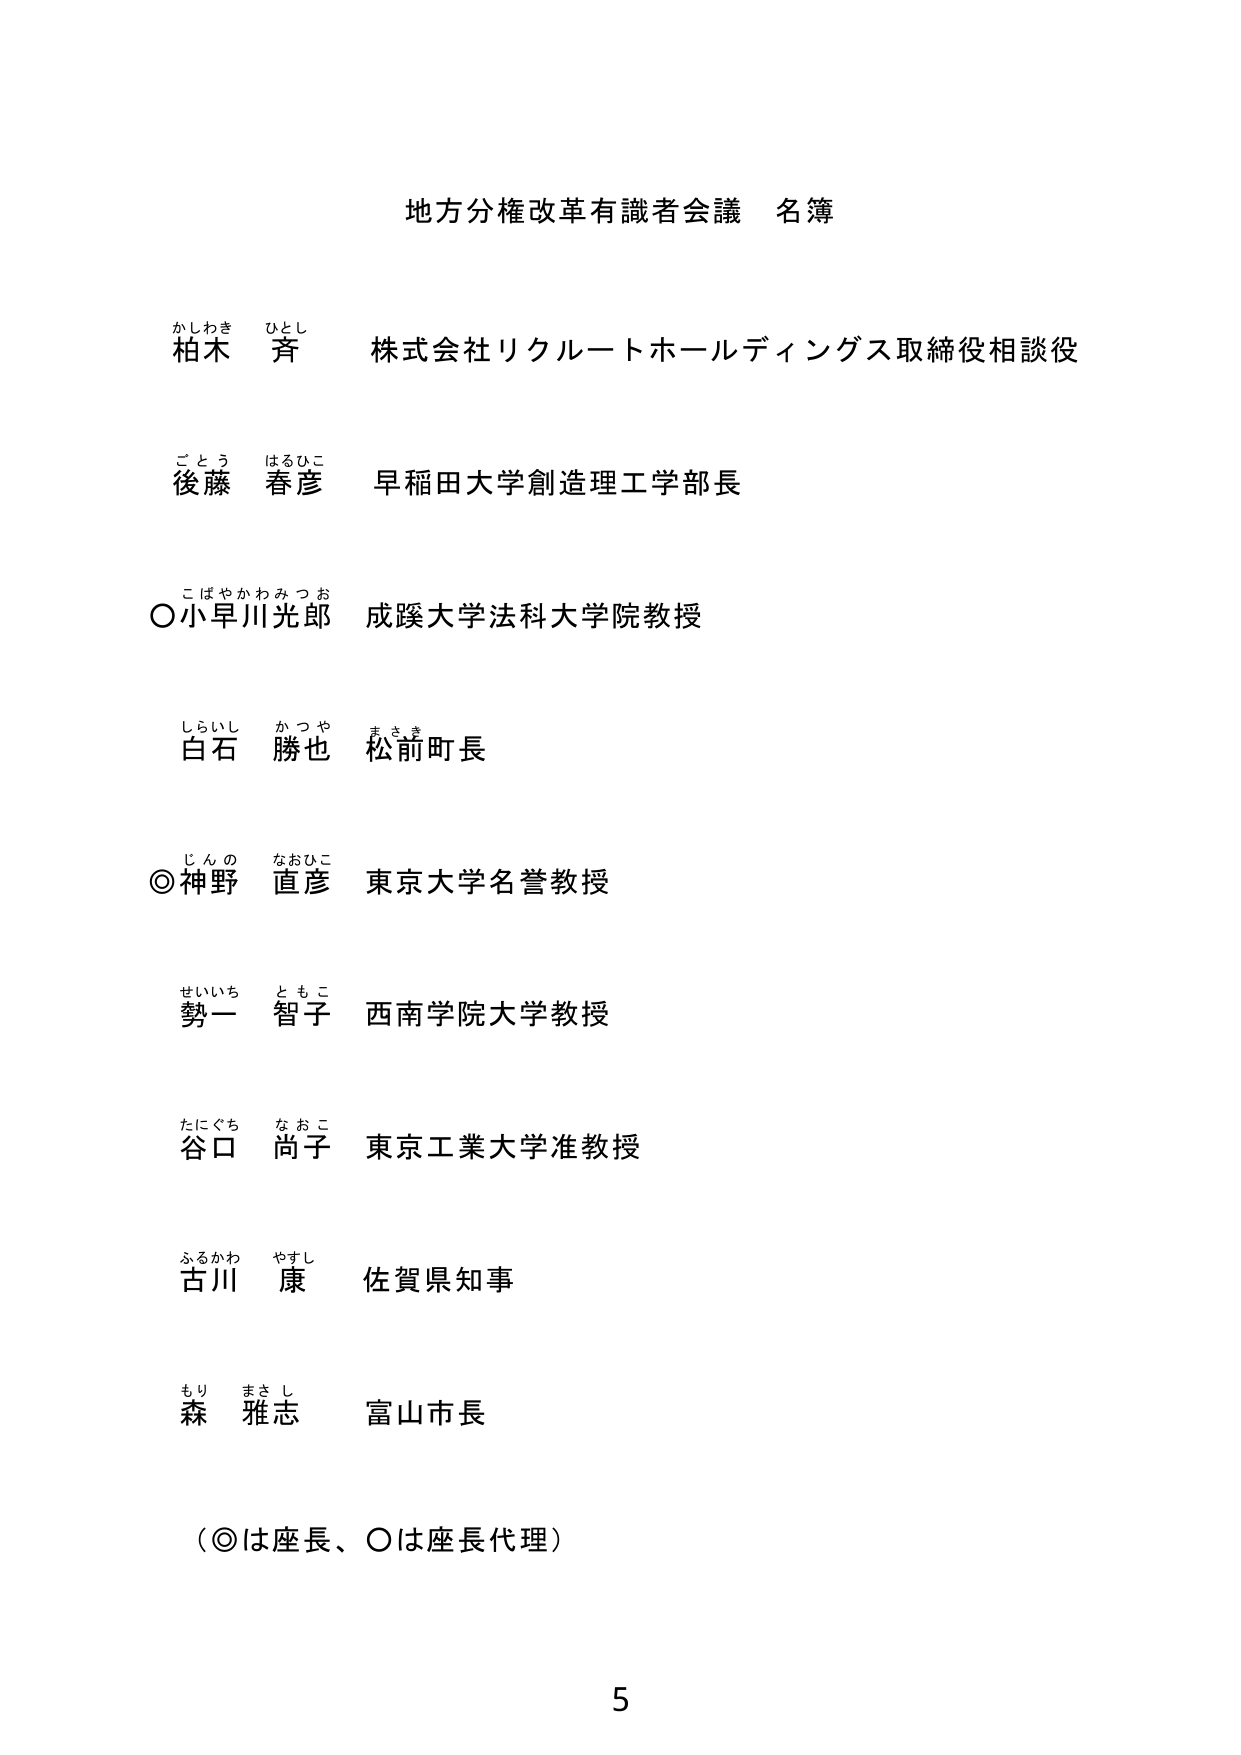
地方分権改革有識者会議 名簿

かしわき ひとし
柏木 斉 株式会社リクルートホールディングス取締役相談役

ごとう はるひこ
後藤 春彦 早稲田大学創造理工学部長

こばやかわみつお
○小早川光郎 成蹊大学法科大学院教授

しらいし かつや まさき
白石 勝也 松前町長

じんの なおひこ
◎神野 直彦 東京大学名誉教授

せいいち ともこ
勢一 智子 西南学院大学教授

たにぐち なおこ
谷口 尚子 東京工業大学准教授

ふるかわ やすし
古川 康 佐賀県知事

もり まさし
森 雅志 富山市長

（◎は座長、○は座長代理）

5